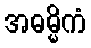
အဓမ္မိကံ